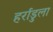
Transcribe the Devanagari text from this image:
हर्राडुला